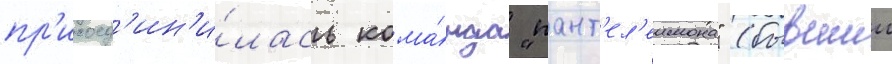
пр'исоед'ин'и́лась кома́нда "пант'ел'еимона" (бывшии